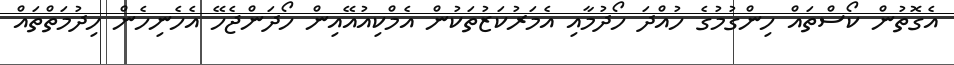
އެގޮތުން ކޯސްތައް ހިންގުމުގެ ހުއްދަ ހޯދުމާއި އެމަރުކަޒުތަކުން އެމްކިއުއޭއިން ހޯދަންޖެހޭ އެހެނިހެން ހިދުމަތްތައް